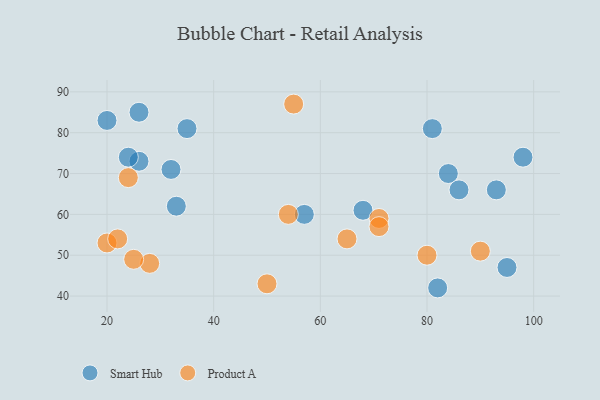
{"axis": {"x": "GDP", "y": "Life Expectancy"}, "legend": ["Product A", "Smart Hub"], "data": [{"x": "82", "y": 42, "type": "Smart Hub"}, {"x": "93", "y": 66, "type": "Smart Hub"}, {"x": "26", "y": 73, "type": "Smart Hub"}, {"x": "81", "y": 81, "type": "Smart Hub"}, {"x": "35", "y": 81, "type": "Smart Hub"}, {"x": "32", "y": 71, "type": "Smart Hub"}, {"x": "84", "y": 70, "type": "Smart Hub"}, {"x": "26", "y": 85, "type": "Smart Hub"}, {"x": "86", "y": 66, "type": "Smart Hub"}, {"x": "20", "y": 83, "type": "Smart Hub"}, {"x": "57", "y": 60, "type": "Smart Hub"}, {"x": "98", "y": 74, "type": "Smart Hub"}, {"x": "33", "y": 62, "type": "Smart Hub"}, {"x": "24", "y": 74, "type": "Smart Hub"}, {"x": "68", "y": 61, "type": "Smart Hub"}, {"x": "95", "y": 47, "type": "Smart Hub"}, {"x": "71", "y": 59, "type": "Product A"}, {"x": "54", "y": 60, "type": "Product A"}, {"x": "28", "y": 48, "type": "Product A"}, {"x": "71", "y": 57, "type": "Product A"}, {"x": "65", "y": 54, "type": "Product A"}, {"x": "80", "y": 50, "type": "Product A"}, {"x": "90", "y": 51, "type": "Product A"}, {"x": "55", "y": 87, "type": "Product A"}, {"x": "20", "y": 53, "type": "Product A"}, {"x": "25", "y": 49, "type": "Product A"}, {"x": "50", "y": 43, "type": "Product A"}, {"x": "22", "y": 54, "type": "Product A"}, {"x": "24", "y": 69, "type": "Product A"}]}